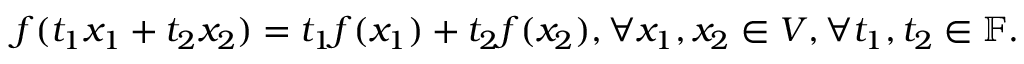
f ( t _ { 1 } x _ { 1 } + t _ { 2 } x _ { 2 } ) = t _ { 1 } f ( x _ { 1 } ) + t _ { 2 } f ( x _ { 2 } ) , \forall x _ { 1 } , x _ { 2 } \in V , \forall t _ { 1 } , t _ { 2 } \in \mathbb { F } .